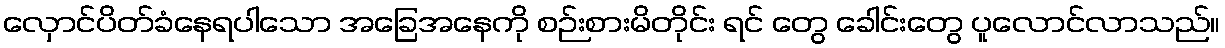
လှောင်ပိတ်ခံနေရပါသော အခြေအနေကို စဉ်းစားမိတိုင်း ရင် တွေ ခေါင်းတွေ ပူလောင်လာသည်။